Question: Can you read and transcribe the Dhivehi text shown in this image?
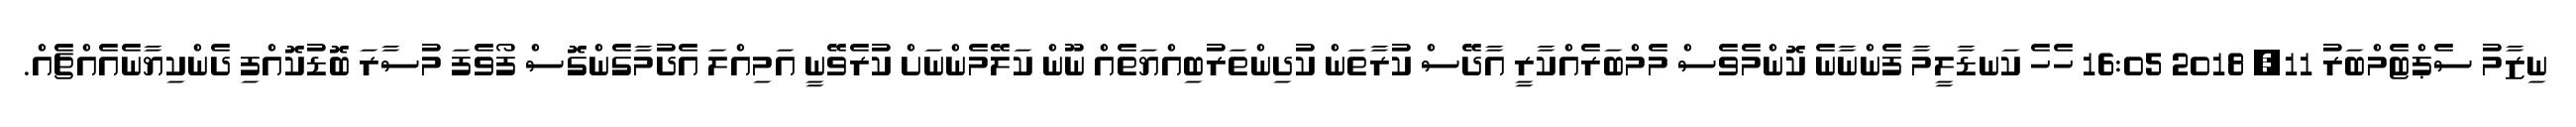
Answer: ނިޒާމު ސެޕްޓެމްބަރު 11, 2018 16:05 ހެހެ ކަނޑާލީމާ ފެންނާނެ ކޮންމެވެސް މެމްބަރެއްކާރީ އާދޭސް ކުރާތަން ކުދިންތަރުބިއްޔަތެއް ނޫން ކަލޭމެންނަށް ކުރެވޭނީ އަމިއްލަ އެދުމާގެންގޮސް ފޯވެފަ މުސާރަ ބޮޑުކޮއްފި ދެންކިޔާނެއެއްޗެއް.